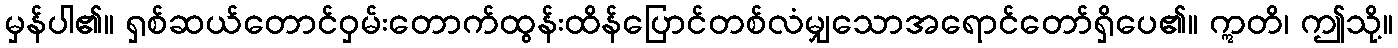
မှန်ပါ၏။ ရှစ်ဆယ်တောင်ဝှမ်းတောက်ထွန်းထိန်ပြောင်တစ်လံမျှသောအရောင်တော်ရှိပေ၏။ ဣတိ၊ ဤသို့။